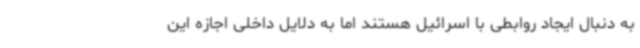
به دنبال ایجاد روابطی با اسرائیل هستند اما به دلایل داخلی اجازه این